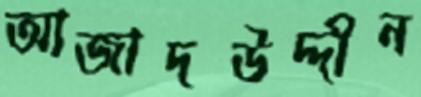
আজাদউদ্দীন